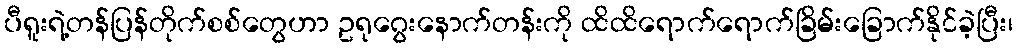
ပီရူးရဲ့တန်ပြန်တိုက်စစ်တွေဟာ ဥရုဂွေးနောက်တန်းကို ထိထိရောက်ရောက်ခြိမ်းခြောက်နိုင်ခဲ့ပြီး၊